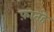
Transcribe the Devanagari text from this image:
फ़ातहे